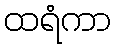
ထရံကာ